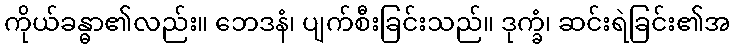
ကိုယ်ခန္ဓာ၏လည်း။ ဘေဒနံ၊ ပျက်စီးခြင်းသည်။ ဒုက္ခံ၊ ဆင်းရဲခြင်း၏အ